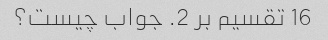
16 تقسیم بر 2. جواب چیست؟